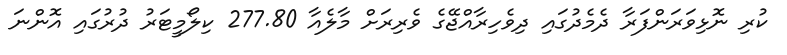
ކުރި ނޮޅިވަރަންފަރާ ދެމެދުގައި ދިވެހިރާއްޖޭގެ ވެރިރަށް މާލެއާ 277.80 ކިލޯމީޓަރު ދުރުގައި އޮންނަ